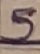
Text: 5